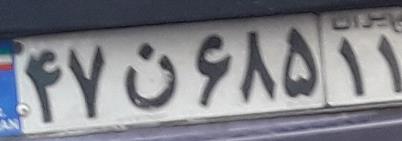
۴۷ن۶۸۵۱۱